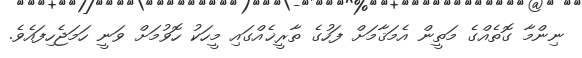
ނިންމާ ގޮތެއްގެ މަތީން އެމަޤާމަށް ފަހުގެ ތާރީޚެއްގައި މީހަކު ހޮވުމަށް ވަނީ ހަމަޖެހިފައެވެ.